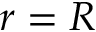
r = R